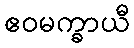
ဧဝမက္ခာယီ